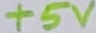
Text: +5V